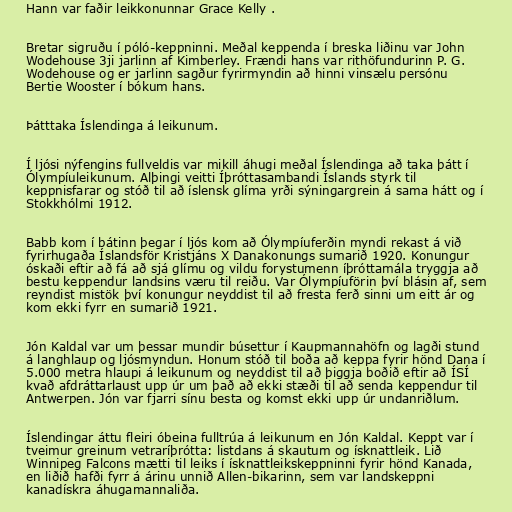
Hann var faðir leikkonunnar Grace Kelly .

Bretar sigruðu í póló-keppninni. Meðal keppenda í breska liðinu var John
Wodehouse 3ji jarlinn af Kimberley. Frændi hans var rithöfundurinn P. G.
Wodehouse og er jarlinn sagður fyrirmyndin að hinni vinsælu persónu
Bertie Wooster í bókum hans.

Þátttaka Íslendinga á leikunum.

Í ljósi nýfengins fullveldis var mikill áhugi meðal Íslendinga að taka þátt í
Ólympíuleikunum. Alþingi veitti Íþróttasambandi Íslands styrk til
keppnisfarar og stóð til að íslensk glíma yrði sýningargrein á sama hátt og í
Stokkhólmi 1912.

Babb kom í bátinn þegar í ljós kom að Ólympíuferðin myndi rekast á við
fyrirhugaða Íslandsför Kristjáns X Danakonungs sumarið 1920. Konungur
óskaði eftir að fá að sjá glímu og vildu forystumenn íþróttamála tryggja að
bestu keppendur landsins væru til reiðu. Var Ólympíuförin því blásin af, sem
reyndist mistök því konungur neyddist til að fresta ferð sinni um eitt ár og
kom ekki fyrr en sumarið 1921.

Jón Kaldal var um þessar mundir búsettur í Kaupmannahöfn og lagði stund
á langhlaup og ljósmyndun. Honum stóð til boða að keppa fyrir hönd Dana í
5.000 metra hlaupi á leikunum og neyddist til að þiggja boðið eftir að ÍSÍ
kvað afdráttarlaust upp úr um það að ekki stæði til að senda keppendur til
Antwerpen. Jón var fjarri sínu besta og komst ekki upp úr undanriðlum.

Íslendingar áttu fleiri óbeina fulltrúa á leikunum en Jón Kaldal. Keppt var í
tveimur greinum vetraríþrótta: listdans á skautum og ísknattleik. Lið
Winnipeg Falcons mætti til leiks í ísknattleikskeppninni fyrir hönd Kanada,
en liðið hafði fyrr á árinu unnið Allen-bikarinn, sem var landskeppni
kanadískra áhugamannaliða.